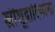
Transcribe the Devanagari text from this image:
स्त्रीशूद्रादिकांना